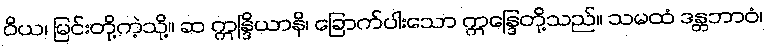
ဝိယ၊ မြင်းတို့ကဲ့သို့။ ဆ ဣန္ဒြိယာနိ၊ ခြောက်ပါးသော ဣန္ဒြေတို့သည်။ သမထံ ဒန္တဘာဝံ၊